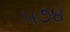
૫૭૪